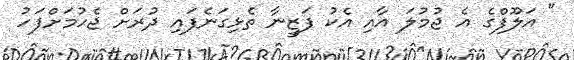
" އަލޫފްގެ އެ ޖުމުލަ އާއި އެކު ފަޒީނާ ތެޅިގަނެފައި ދުރަށް ޖެހުމަށްފަހު